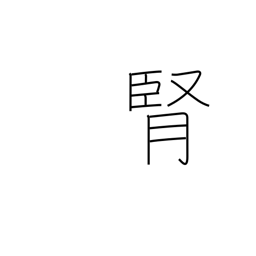
Meaning: kidney